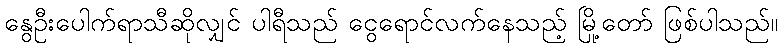
နွေဦးပေါက်ရာသီဆိုလျှင် ပါရီသည် ငွေရောင်လက်နေသည့် မြို့တော် ဖြစ်ပါသည်။